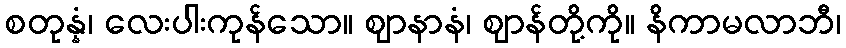
စတုန္နံ၊ လေးပါးကုန်သော။ ဈာနာနံ၊ ဈာန်တို့ကို။ နိကာမလာဘီ၊